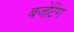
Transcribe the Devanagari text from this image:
बजेटिंग